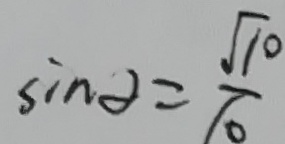
\sin \alpha = \frac { \sqrt { 1 0 } } { 1 0 }